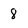
Character: 8